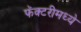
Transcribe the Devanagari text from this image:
फॅक्टरीमध्ये